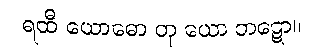
ရထီ ယောဓော တု ယော ဘဋော။